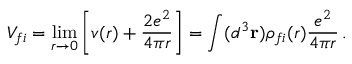
V _ { f i } = \operatorname * { l i m } _ { r \to 0 } \left[ v ( r ) + { \frac { 2 e ^ { 2 } } { 4 \pi r } } \right] = \int ( d ^ { 3 } { \bf r } ) \rho _ { f i } ( r ) { \frac { e ^ { 2 } } { 4 \pi r } } \, .